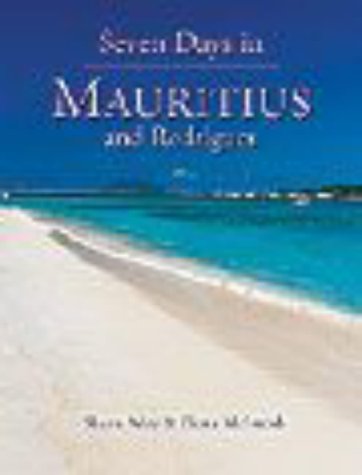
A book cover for Seven Days in Mauritius and Rodrigues; Shaen Adey          ; Travel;